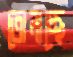
তোলাচ্ছে